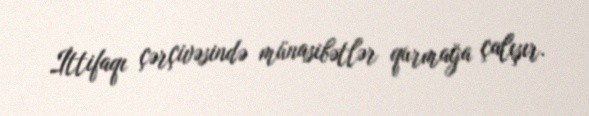
İttifaqı çərçivəsində münasibətlər qurmağa çalışır.